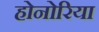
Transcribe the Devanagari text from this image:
होनोरिया